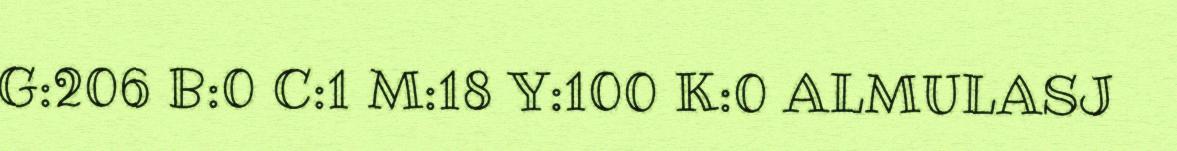
G:206 B:0 C:1 M:18 Y:100 K:0 ALMULASJ